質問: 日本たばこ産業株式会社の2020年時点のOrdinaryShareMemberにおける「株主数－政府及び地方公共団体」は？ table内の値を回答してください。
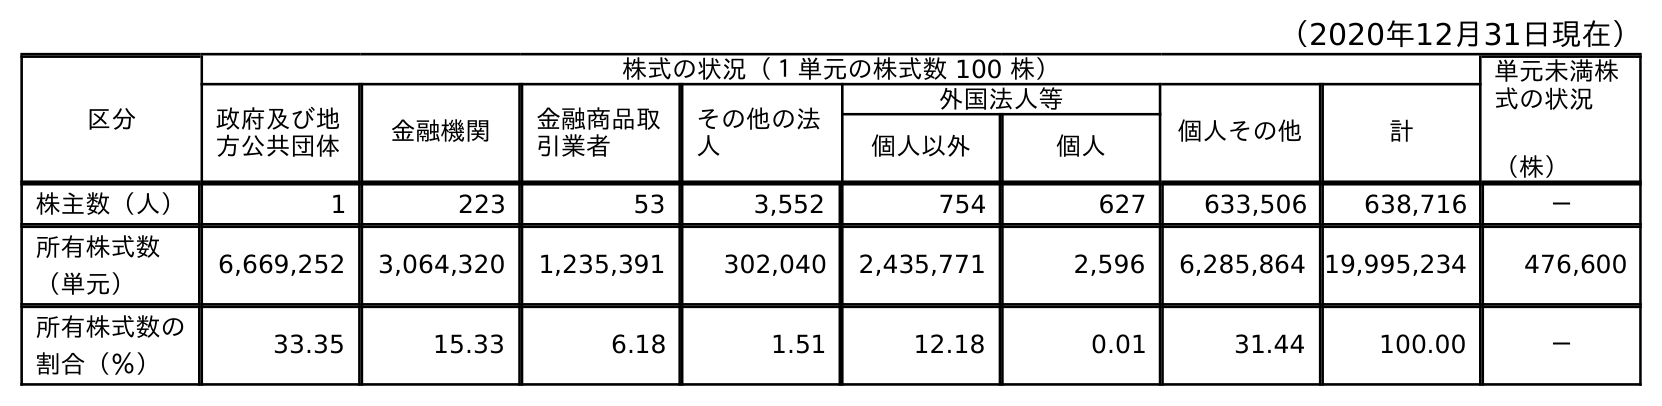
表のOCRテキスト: （2020年12月31日現在） 区分 株式の状況（１単元の株式数 100 株） 単元未満株 式の状況 （株） 政府及び地 方公共団体 金融機関 金融商品取 引業者 その他の法 人 外国法人等 個人その他 計 個人以外 個人 株主数（人） 1 223 53 3,552 754 627 633,506 638,716 － 所有株式数 （単元） 6,669,252 3,064,320 1,235,391 302,040 2,435,771 2,596 6,285,864 19,995,234 476,600 所有株式数の 割合（％） 33.35 15.33 6.18 1.51 12.18 0.01 31.44 100.00 －
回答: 1